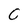
Character: c